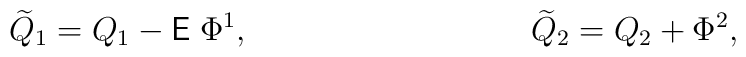
{\widetilde Q}_1 = Q_1 - {\sf E}\;\Phi^1, \hspace{1.4in} {\widetilde Q}_2 = Q_2 + \Phi^2,